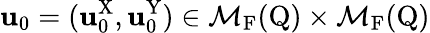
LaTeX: \mathbf{u}_{0}=(\mathbf{u}_{0}^{\mathrm{{X}}},\mathbf{u}_{0}^{\mathrm{{Y}}})\in\mathcal{{M}}_{\mathrm{{F}}}(\mathrm{{Q}})\times\mathcal{{M}}_{\mathrm{{F}}}(\mathrm{{Q}})